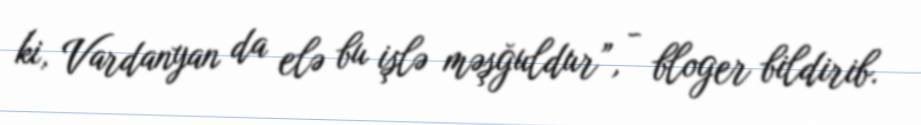
ki, Vardanyan da elə bu işlə məşğuldur”, - bloger bildirib.